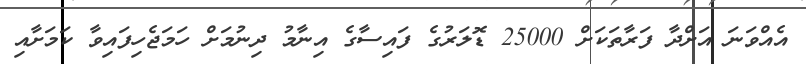
އެއްވަނަ އަށްދާ ފަރާތަކަށް 25000 ޑޮލަރުގެ ފައިސާގެ އިނާމު ދިނުމަށް ހަމަޖެހިފައިވާ ކަމަށާއި